Vaccination report Assam 1874-1896 - 1874-1896
Year: 1874
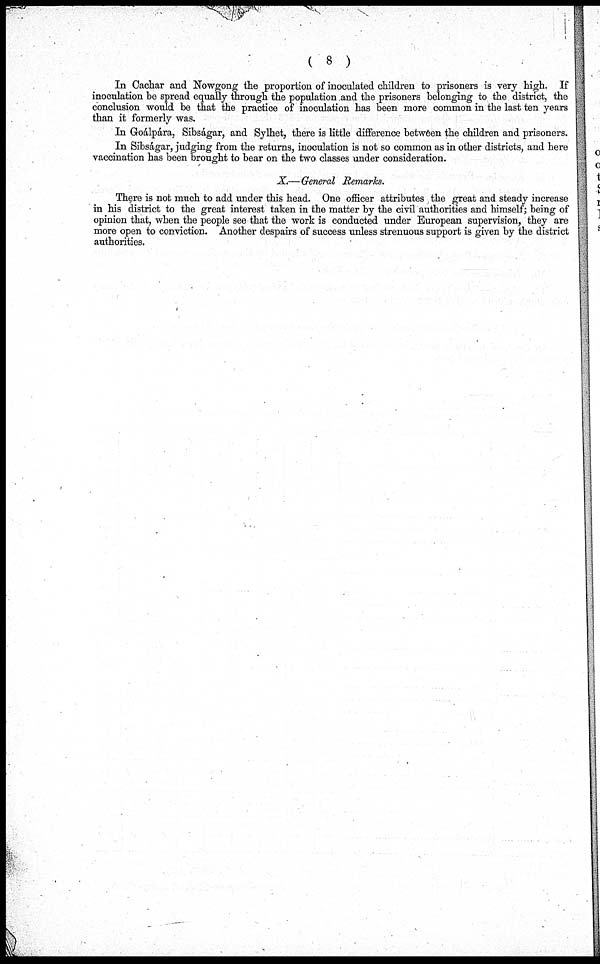
( 8 )
In Cachar and Nowgong the proportion of inoculated children to prisoners is very high. If
inoculation be spread equally through the population and the prisoners belonging to the district, the
conclusion would be that the practice of inoculation has been more common in the last ten years
than it formerly was.
In Goálpára, Sibságar, and Sylhet, there is little difference between the children and prisoners.
In Sibságar, judging from the returns, inoculation is not so common as in other districts, and here
vaccination has been brought to bear on the two classes under consideration.
X.—General Remarks.
There is not much to add under this head. One officer attributes the great and steady increase
in his district to the great interest taken in the matter by the civil authorities and himself; being of
opinion that, when the people see that the work is conducted under European supervision, they are
more open to conviction. Another despairs of success unless strenuous support is given by the district
authorities.